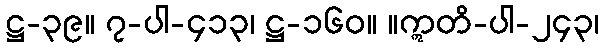
ဋ္ဌ-၃၉။ ၇-ပါ-၄၁၃၊ ဋ္ဌ-၁၆၀။ ။ဣတိ-ပါ-၂၄၃၊